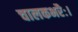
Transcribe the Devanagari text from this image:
चालकभरैः।